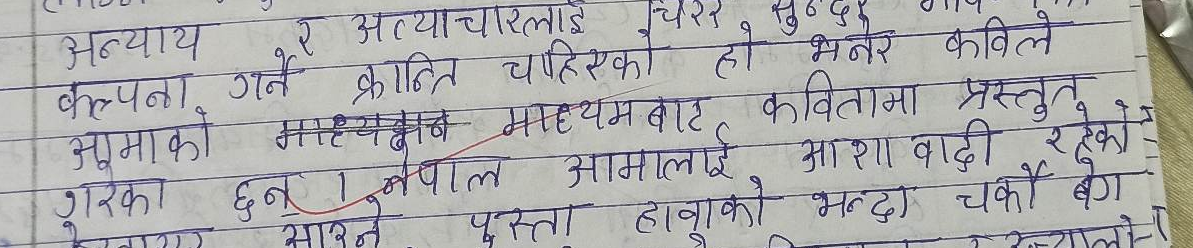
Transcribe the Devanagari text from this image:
अन्याय र अत्याचारीलाई
कल्पना गर्ने क्रान्ति चाहिएको हो भनेर कविले
भुमाको माध्यमबाट कवितामा प्रस्तुत
गरका छन । नेपाल आमालाई आशा वादी रहेको
रने पुस्ता हावाको भन्दा चर्को बेग